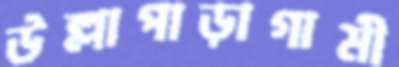
উল্লাপাড়াগামী